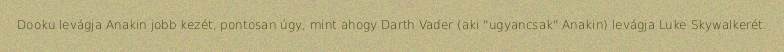
Dooku levágja Anakin jobb kezét, pontosan úgy, mint ahogy Darth Vader (aki "ugyancsak" Anakin) levágja Luke Skywalkerét.